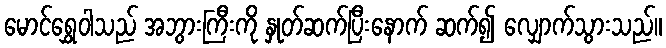
မောင်ရွှေဝါသည် အဘွားကြီးကို နှုတ်ဆက်ပြီးနောက် ဆက်၍ လျှောက်သွားသည်။